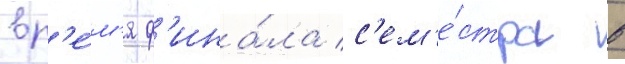
вр'е́м'я ф'ина́ла с'ем'е́стра в